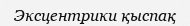
Эксцентрики қыспақ